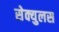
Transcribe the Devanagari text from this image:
सेक्युलस